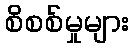
စိစစ်မှုများ